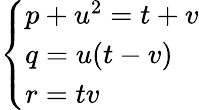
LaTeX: \left\{ {\begin{array}{l}{p+u^{2}=t+v}\\ {q=u(t-v)}\\ {r=tv}\end{array}}\right.